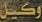
وكیل